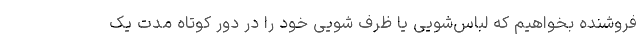
فروشنده بخواهیم که لباس‌شویی یا ظرف شویی خود را در دور کوتاه مدت یک